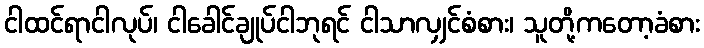
ငါထင်ရာငါလုပ်၊ ငါခေါင်ချုပ်ငါဘုရင် ငါသာလျှင်စံစား၊ သူတို့ကတော့ခံစား